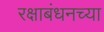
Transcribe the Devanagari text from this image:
रक्षाबंधनच्या